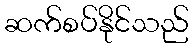
ဆက်စပ်နိုင်သည်